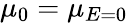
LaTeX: \mu_{0}=\mu_{E=0}